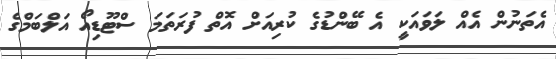
އެތަނުން އެއް ލަވައަކީ އެ ބޭންޑުގެ ކުރިއަށް އޮތް ފުރަތަމަ ސްޓޫޑިއޯ އަލްބަމްގެ